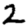
Digit: 2